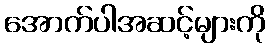
အောက်ပါအဆင့်များကို